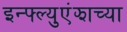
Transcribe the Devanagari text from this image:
इन्फ्ल्युएंझाच्या